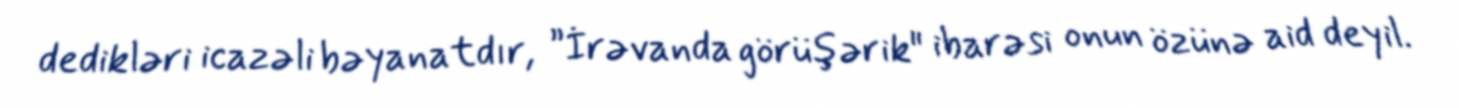
dedikləri icazəli bəyanatdır, ”İrəvanda görüşərik" ibarəsi onun özünə aid deyil.